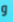
و